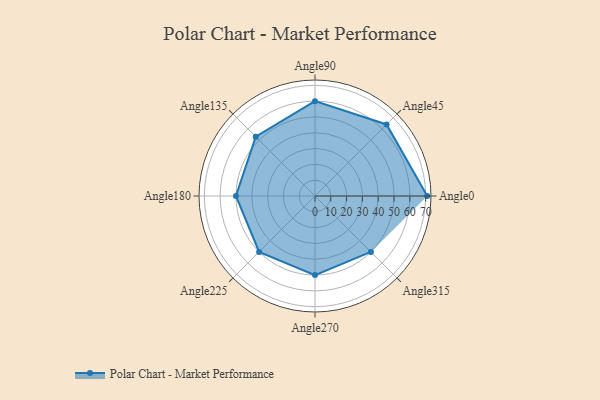
{"axis": {"x": "Angle", "y": "Radius"}, "legend": [""], "data": [{"x": "Angle0", "y": 71.0, "type": ""}, {"x": "Angle45", "y": 64.0, "type": ""}, {"x": "Angle90", "y": 60.0, "type": ""}, {"x": "Angle135", "y": 53.0, "type": ""}, {"x": "Angle180", "y": 50.0, "type": ""}, {"x": "Angle225", "y": 50, "type": ""}, {"x": "Angle270", "y": 50, "type": ""}, {"x": "Angle315", "y": 50, "type": ""}]}